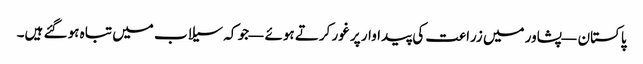
پاکستان — پشاور میں زراعت کی پیداوار پر غور کرتے ہوئے — جو کہ سیلاب میں تباہ ہو گئے ہیں۔